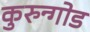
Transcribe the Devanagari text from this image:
कुरुन्गोड